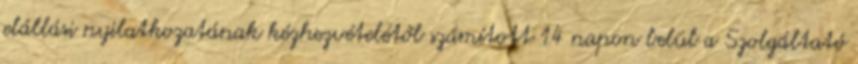
elállási nyilatkozatának kézhezvételétől számított 14 napon belül a Szolgáltató